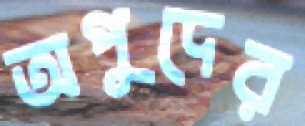
অপুদের